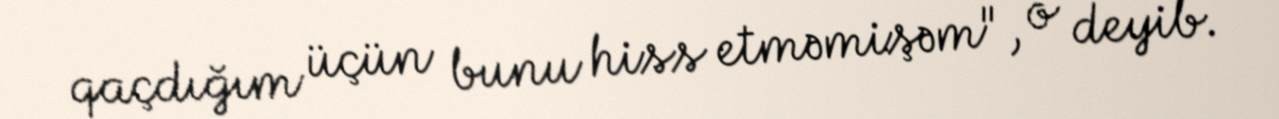
qaçdığım üçün bunu hiss etməmişəm", o deyib.